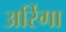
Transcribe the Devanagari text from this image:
अर्रिगा